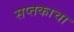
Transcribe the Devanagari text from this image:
सप्तकाचा